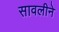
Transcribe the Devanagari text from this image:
सावलीने